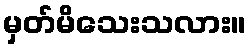
မှတ်မိသေးသလား။